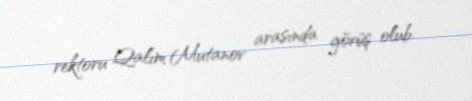
rektoru Qalım Mutanov arasında görüş olub.